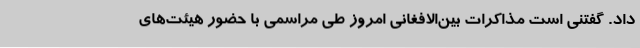
داد. گفتنی است مذاکرات بین‌الافغانی امروز طی مراسمی با حضور هیئت‌های